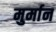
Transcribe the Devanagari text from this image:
मुर्मान